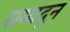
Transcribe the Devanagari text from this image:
सय्यदुन